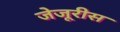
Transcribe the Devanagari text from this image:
जेजूरीस